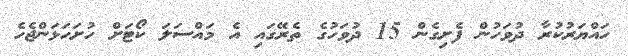
ހައްޔަރުކުރާ ދުވަހުން ފެށިގެން 15 ދުވަހުގެ ތެރޭގައި އެ މައްސަލަ ކޯޓަށް ހުށަހަޅަންޖެހެ